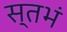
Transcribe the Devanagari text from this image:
स्तभं